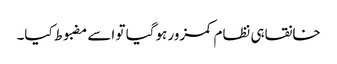
خانقاہی نظام کمزور ہوگیا تو اسے مضبوط کیا۔